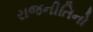
રાજનીતિનો